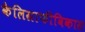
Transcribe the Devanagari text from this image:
कैलिग्राफीविकास